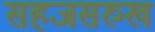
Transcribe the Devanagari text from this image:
सहजसरुख